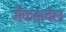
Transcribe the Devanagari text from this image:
मैकडावेल